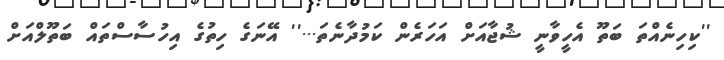
''ކިހިނެއްތަ ބަތޫ އެހީވާނީ ޝުޖާއަށް އަހަރެން ކަމުދާނެތަ...'' އޭނަގެ ހިތުގެ އިހުސާސްތައް ބަތޫލްއަށް